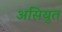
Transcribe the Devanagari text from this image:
असियुत